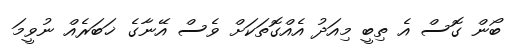
ބޯން ގޮސް އެ ތިބީ މިއަދު އެއްގޮތަކަށް ވެސް އޭނާގެ ޚަބަރެއް ނުވީމަ